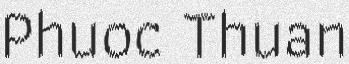
Phuoc Thuan